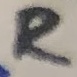
Text: R